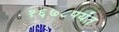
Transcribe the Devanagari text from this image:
१६७८पर्यंत